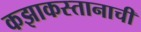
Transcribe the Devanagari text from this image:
कझाकस्तानाची